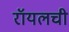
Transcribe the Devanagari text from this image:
रॉयलची